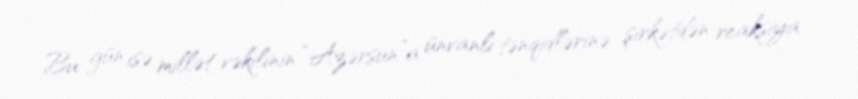
Bu gün isə millət vəkilinin “Azərsun”a ünvanlı tənqidlərinə şirkətdən reaksiya